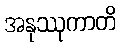
အနုဿုကာတိ